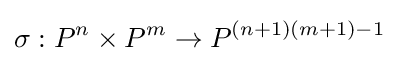
\sigma :P^{n}\times P^{m}\to P^{(n+1)(m+1)-1}\